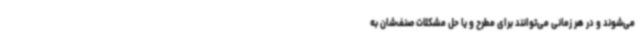
می‌شوند و در هر زمانی می‌توانند برای مطرح و یا حل مشکلات صنف‌شان به